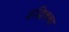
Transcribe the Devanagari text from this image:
इद्धिकथा